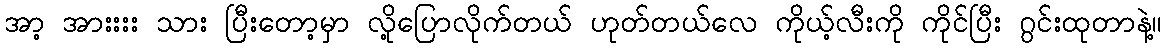
အာ့ အားးးး သား ပြီးတော့မှာ လို့ပြောလိုက်တယ် ဟုတ်တယ်လေ ကိုယ့်လီးကို ကိုင်ပြီး ဂွင်းထုတာနဲ့။